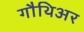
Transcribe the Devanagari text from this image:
गौथिअर